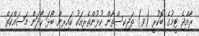
ރާއްޖެ ޓީމުގެ ބޮކުރީ (ވ) ތަޖިކިސްތާން ކުޅުންތެރިއަކު ކައިރިން ބޯޅަ ހޯދަން މަސައްކަތް